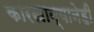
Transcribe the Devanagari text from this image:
कारखान्यानेही